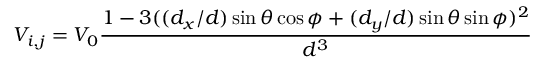
V _ { i , j } = V _ { 0 } \frac { 1 - 3 ( ( d _ { x } / d ) \sin \theta \cos \phi + ( d _ { y } / d ) \sin \theta \sin \phi ) ^ { 2 } } { d ^ { 3 } }